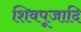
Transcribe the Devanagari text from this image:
शिवपूजादि